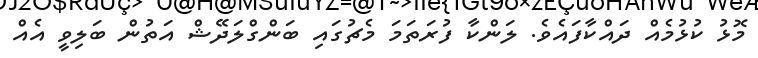
މޮޅު ކުޅުމެއް ދައްކާފައެވެ. ލަންކާ ފުރަތަމަ މެޗުގައި ބަންގްލަދޭޝް އަތުން ބަލިވީ އެއް